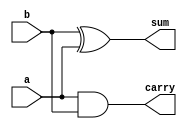
module h_f (a,b,sum,carry);
input b,a;
output sum,carry;

assign sum=b^a;
assign carry=a&b;
endmodule

module f_a (a,b,c,sum,carry);
input a,b,c;
output sum,carry;
wire w1,w2,w3;
h_f hf1(.a(a),.b(b),.sum(w1),.carry(w2));
h_f hf2(.a(w1),.b(c),.sum(sum),.carry(w3));


or OR1(carry,w2,w3);

endmodule

module adder32bit (a,b,cin,sum,cout);
input [31:0] a,b;
input cin;
output [31:0] sum;
output cout;
wire [30:0]c;

f_a fa0(.a(a[0]),.b(b[0]),.c(cin),.sum(sum[0]),.carry(c[0]));
f_a fa1(.a(a[1]),.b(b[1]),.c(c[0]),.sum(sum[1]),.carry(c[1]));
f_a fa2(.a(a[2]),.b(b[2]),.c(c[1]),.sum(sum[2]),.carry(c[2]));
f_a fa3(.a(a[3]),.b(b[3]),.c(c[2]),.sum(sum[3]),.carry(c[3]));
f_a fa4(.a(a[4]),.b(b[4]),.c(c[3]),.sum(sum[4]),.carry(c[4]));
f_a fa5(.a(a[5]),.b(b[5]),.c(c[4]),.sum(sum[5]),.carry(c[5]));
f_a fa6(.a(a[6]),.b(b[6]),.c(c[5]),.sum(sum[6]),.carry(c[6]));
f_a fa7(.a(a[7]),.b(b[7]),.c(c[6]),.sum(sum[7]),.carry(c[7]));
f_a fa8(.a(a[8]),.b(b[8]),.c(c[7]),.sum(sum[8]),.carry(c[8]));
f_a fa9(.a(a[9]),.b(b[9]),.c(c[8]),.sum(sum[9]),.carry(c[9]));
f_a fa10(.a(a[10]),.b(b[10]),.c(c[9]),.sum(sum[10]),.carry(c[10]));
f_a fa11(.a(a[11]),.b(b[11]),.c(c[10]),.sum(sum[11]),.carry(c[11]));
f_a fa12(.a(a[12]),.b(b[12]),.c(c[11]),.sum(sum[12]),.carry(c[12]));
f_a fa13(.a(a[13]),.b(b[13]),.c(c[12]),.sum(sum[13]),.carry(c[13]));
f_a fa14(.a(a[14]),.b(b[14]),.c(c[13]),.sum(sum[14]),.carry(c[14]));
f_a fa15(.a(a[15]),.b(b[15]),.c(c[14]),.sum(sum[15]),.carry(c[15]));
f_a fa16(.a(a[16]),.b(b[16]),.c(c[15]),.sum(sum[16]),.carry(c[16]));
f_a fa17(.a(a[17]),.b(b[17]),.c(c[16]),.sum(sum[17]),.carry(c[17]));
f_a fa18(.a(a[18]),.b(b[18]),.c(c[17]),.sum(sum[18]),.carry(c[18]));
f_a fa19(.a(a[19]),.b(b[19]),.c(c[18]),.sum(sum[19]),.carry(c[19]));
f_a fa20(.a(a[20]),.b(b[20]),.c(c[19]),.sum(sum[20]),.carry(c[20]));
f_a fa21(.a(a[21]),.b(b[21]),.c(c[20]),.sum(sum[21]),.carry(c[21]));
f_a fa22(.a(a[22]),.b(b[22]),.c(c[21]),.sum(sum[22]),.carry(c[22]));
f_a fa23(.a(a[23]),.b(b[23]),.c(c[22]),.sum(sum[23]),.carry(c[23]));
f_a fa24(.a(a[24]),.b(b[24]),.c(c[23]),.sum(sum[24]),.carry(c[24]));
f_a fa25(.a(a[25]),.b(b[25]),.c(c[24]),.sum(sum[25]),.carry(c[25]));
f_a fa26(.a(a[26]),.b(b[26]),.c(c[25]),.sum(sum[26]),.carry(c[26]));
f_a fa27(.a(a[27]),.b(b[27]),.c(c[26]),.sum(sum[27]),.carry(c[27]));
f_a fa28(.a(a[28]),.b(b[28]),.c(c[27]),.sum(sum[28]),.carry(c[28]));
f_a fa29(.a(a[29]),.b(b[29]),.c(c[28]),.sum(sum[29]),.carry(c[29]));
f_a fa30(.a(a[30]),.b(b[30]),.c(c[29]),.sum(sum[30]),.carry(c[30]));
f_a fa31(.a(a[31]),.b(b[31]),.c(c[30]),.sum(sum[31]),.carry(cout));
//f_a fa132(.a(a32),.b(b32),.c(c31),.sum(sum32),.carry(c32));
//f_a fa133(.a(a33),.b(b33),.c(c32),.sum(sum33),.carry(c33));

endmodule